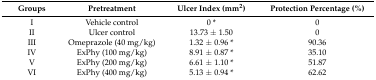
<table><thead><tr><td><b>Groups</b></td><td><b>Pretreatment</b></td><td><b>Ulcer Index (mm<sup>2</sup>)</b></td><td><b>Protection Percentage (%)</b></td></tr></thead><tbody><tr><td>I</td><td>Vehicle control</td><td>0 *</td><td>0</td></tr><tr><td>II</td><td>Ulcer control</td><td>13.73 ± 1.50</td><td>0</td></tr><tr><td>III</td><td>Omeprazole (40 mg/kg)</td><td>1.32 ± 0.96 *</td><td>90.36</td></tr><tr><td>IV</td><td>ExPhy (100 mg/kg)</td><td>8.91 ± 0.87 *</td><td>35.10</td></tr><tr><td>V</td><td>ExPhy (200 mg/kg)</td><td>6.61 ± 1.10 *</td><td>51.87</td></tr><tr><td>VI</td><td>ExPhy (400 mg/kg)</td><td>5.13 ± 0.94 *</td><td>62.62</td></tr></tbody></table>